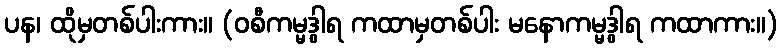
ပန၊ ထိုမှတစ်ပါးကား။ (ဝစီကမ္မဒွါရ ကထာမှတစ်ပါး မနောကမ္မဒွါရ ကထာကား။)